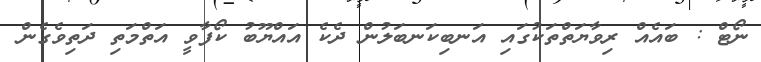
ނޯޓް : ބައެއް ރިވާޔަތްތަކުގައި އަނބިކަނބަލުން ދެކެ އައްޔޫބު ކޯފާވީ އަތްމަތި ދަތިވެގެން